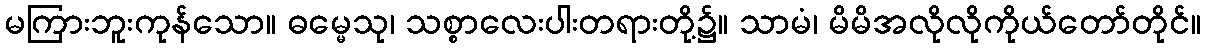
မကြားဘူးကုန်သော။ ဓမ္မေသု၊ သစ္စာလေးပါးတရားတို့၌။ သာမံ၊ မိမိအလိုလိုကိုယ်တော်တိုင်။